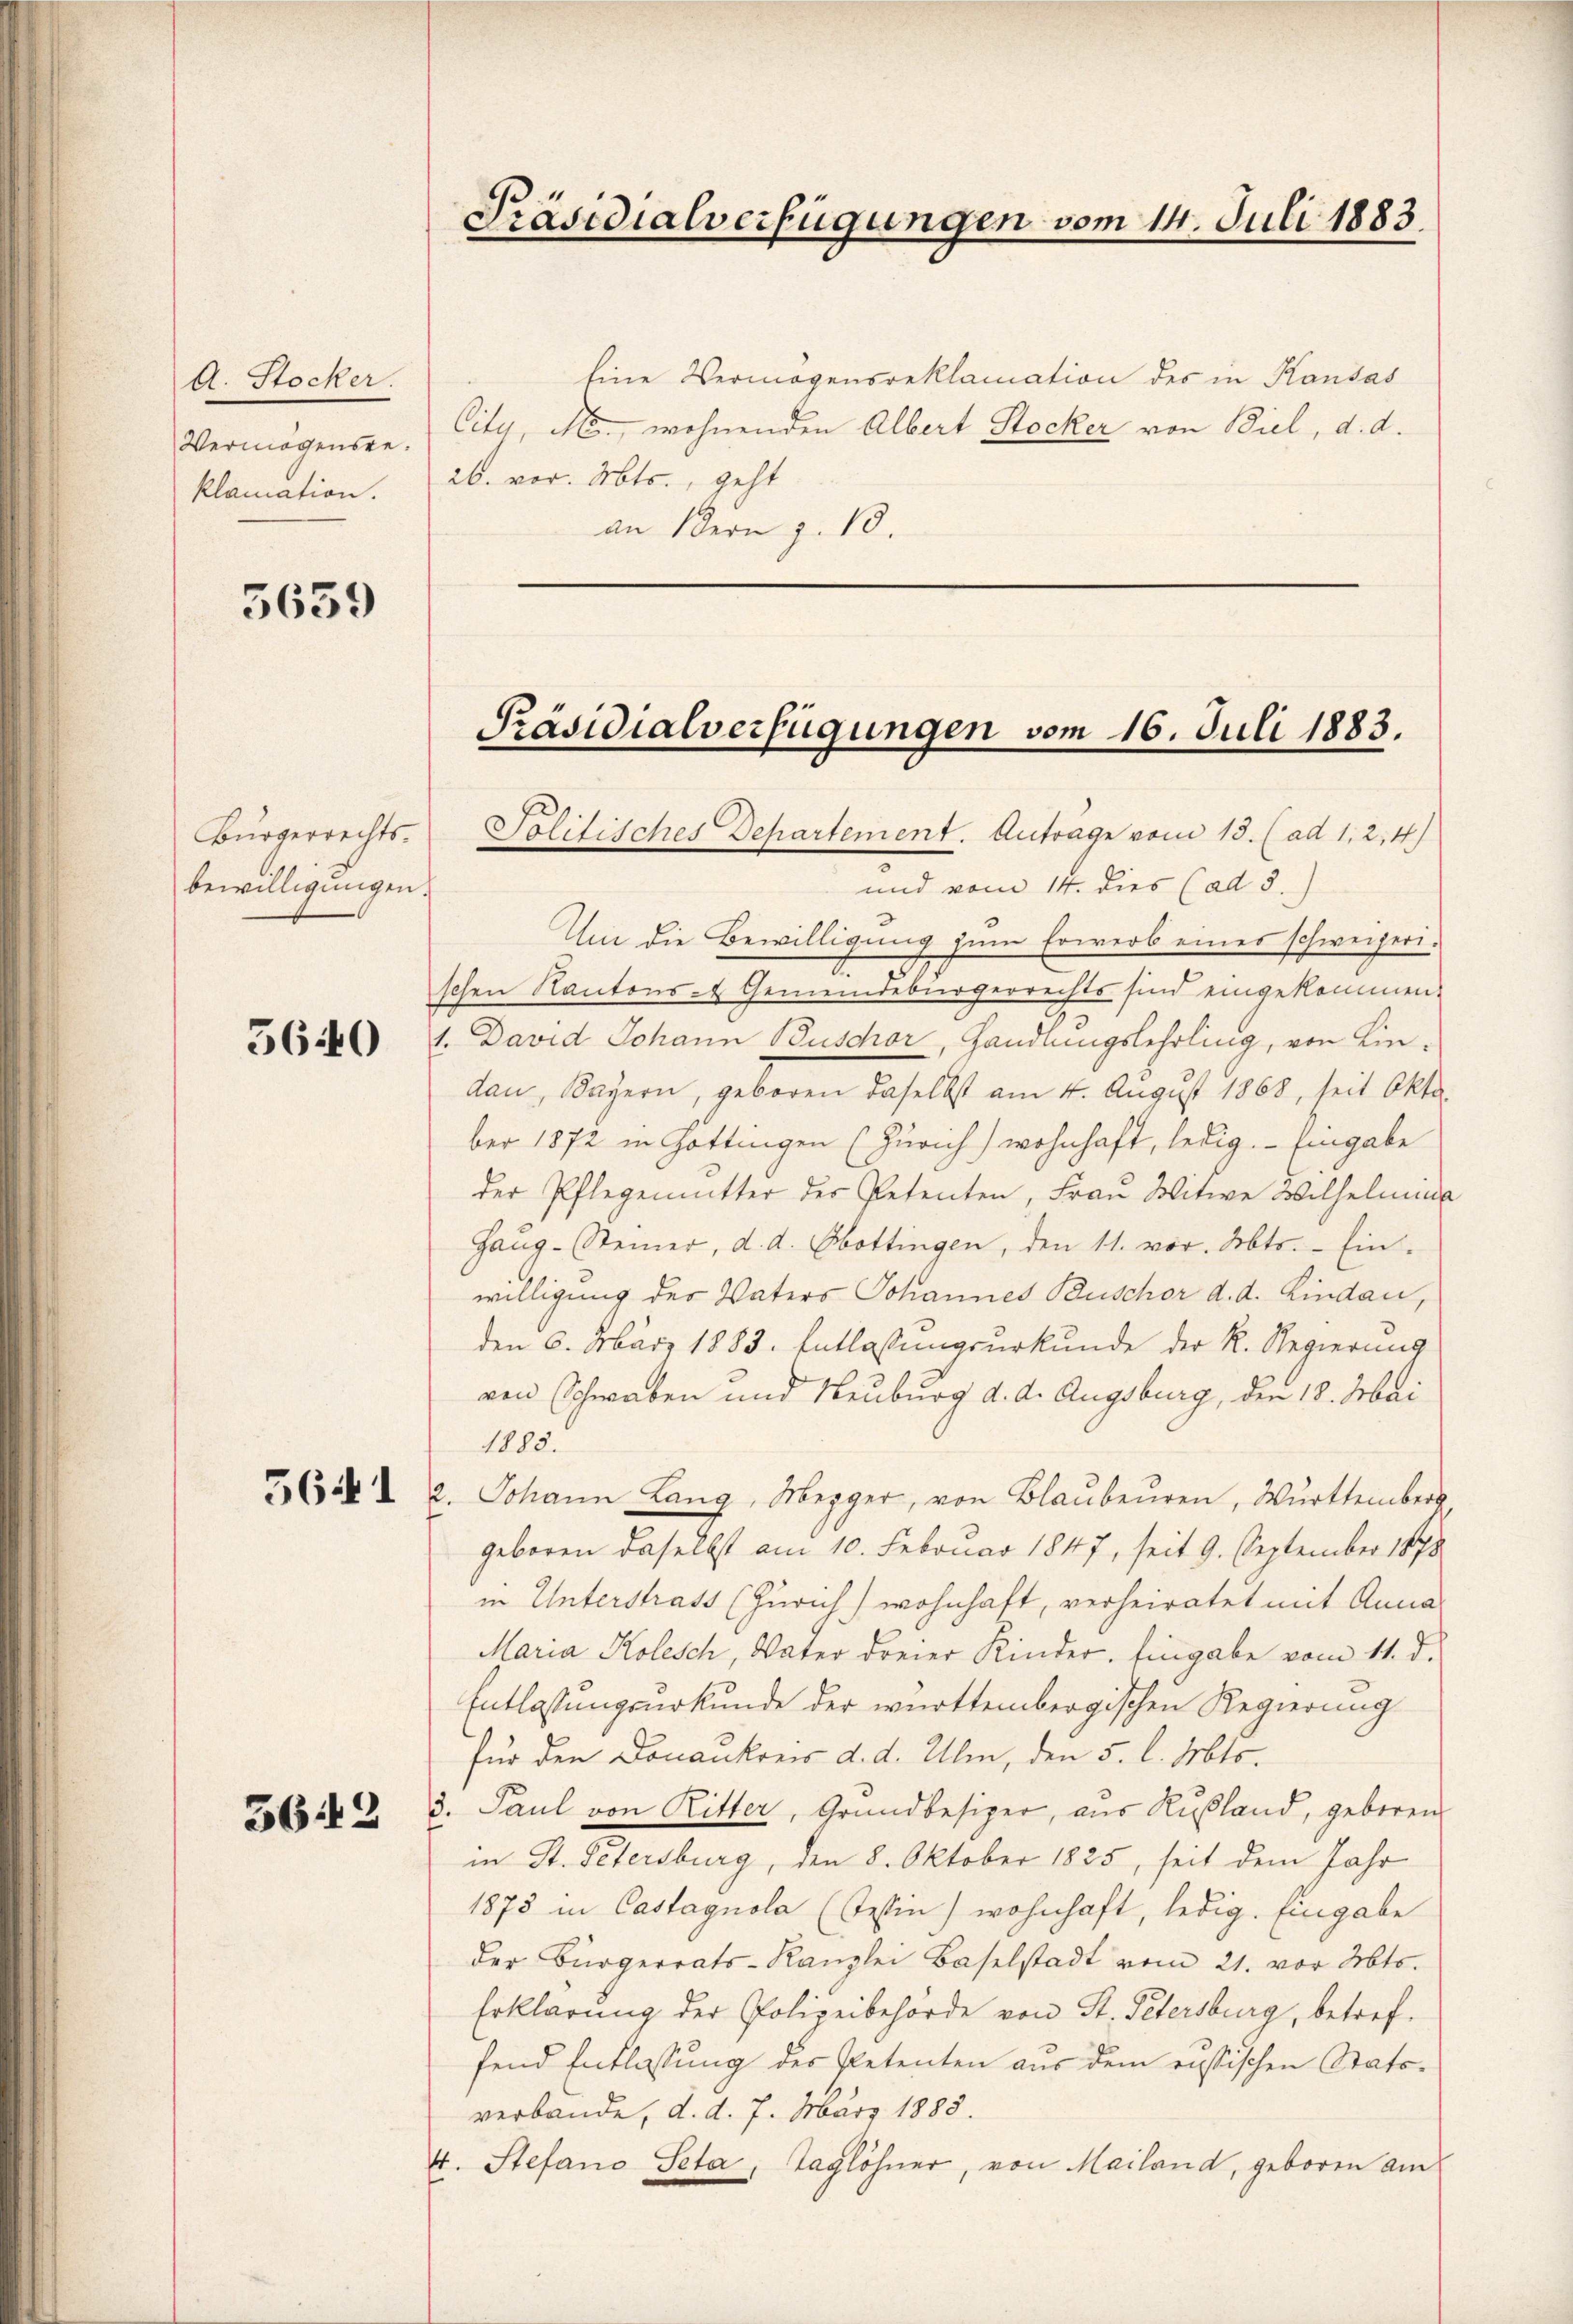
A. Stocker.
Vermögensgeklamation.

5659

Bürgerrechts.
bewilligungen.

5640

5641

562

Eine Vermögensreklamation des in Kandas
City, N. wohnenden Albert Stocker von Biel, d. d.
26. vor. Mts., geht
an 1 dern z. 10.

Präsidialverfügungen vom 14. Juli 1883

Präsidialverfügungen vom 16. Juli 1883.

Solitisches Departement. Antrage vom 15. (ad 1, 2,4)
und vom 14. dies (ad 3.)
Um die Bewilligung zum Erwerb eines schweizerischen Kantons- & Gemeindebürgerrechts sind eingekommen.
1. David Johann Buschor, Handlungslehrling, von Lindau, Bayern, geboren daselbst am 4. August 1868, seit Okto
ber 1872 in Göttingen (Zürich) wohnhaft, ledig. - Eingabe
der Pflegenmitter der Petenten, Frau Witwe Wilhelmin
Haŭg-Steiner, d. d. Obottingen, den 11. vor. Abts. Ein-
willigung des Vaters Johannes Buschor d. d. Lindau,
den 6. März 1883. Entlassungsurkunde der R. Regierung
ven Schwaben und Neuburg d. d. Augsburg, den 18. Mai
1883.
2. Johann Lang, Mezger, von Blaŭbeuren, Württember
geboren daselbst am 10. Februar 1847, seit 9. September 1878
in Unterstrass (Zürich) wohnhaft, verheiratet mit Anna
Maria Kolesch, Vater dreier Kinder. Eingabe vom 11. d.
Entlassungsurkunde der württembergischen Regierung
für den Donankonis d. d. Ulm, den 5. l. Mts.
3. Paul von Ritter, Grundbesizer, aus Rußland, geboren
in St. Petersburg, den 8. Oktober 1825, seit dem Jahr
1873 in Castagnola (Tessin, wohnhaft, ledig. Eingabe
der Bürgerrats-Kanzlei Baselstadt vom 21. vor Mts.
Erklärung der Polizeibehörde von St. Petersburg, betreffend Entlassung der Petenten aus dem russischen Statoverbande, d. d. 7. März 1885.
4. Stefano Peta, Taglöhner, von Mailand, geboren am